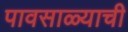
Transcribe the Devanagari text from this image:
पावसाळ्याची